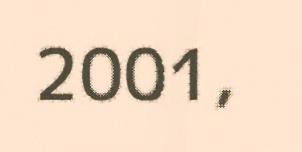
2001,